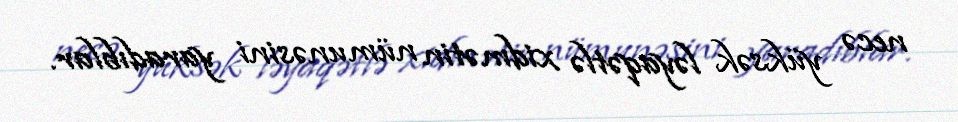
necə yüksək ləyaqətlə xidmətin nümunəsini yaradıblar.